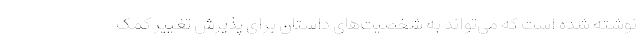
نوشته شده است که می‌تواند به شخصیت‌های داستان برای پذیرش تغییر کمک